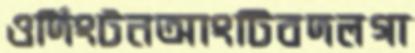
ওর্দিংটনআংটিবদলগা